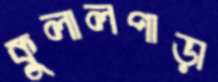
কুলালপাড়া